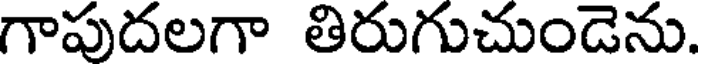
గాపుదలగా తిరుగుచుండెను.